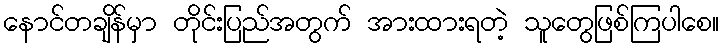
နောင်တချိန်မှာ တိုင်းပြည်အတွက် အားထားရတဲ့ သူတွေဖြစ်ကြပါစေ။